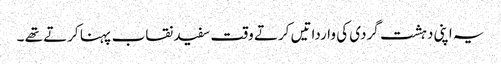
یہ اپنی دہشت گردی کی وارداتیں کرتے وقت سفید نقاب پہنا کرتے تھے ۔